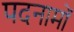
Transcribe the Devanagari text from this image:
पदनामों